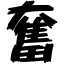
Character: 奮